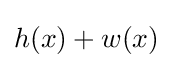
h(x)+w(x)